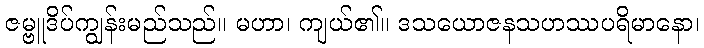
ဇမ္ဗူဒိပ်ကျွန်းမည်သည်။ မဟာ၊ ကျယ်၏။ ဒသယောဇနသဟဿပရိမာနော၊